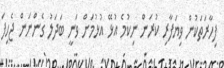
ފިހާރަތަކުން ވިޔަފާރި ކުރަން ނިކުމެ އުޅޭ އުޅުމަށް ވަނީ ބަދަލު ގެންނަން ޖެހިފަ